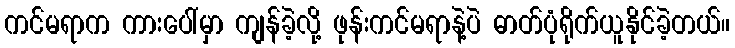
ကင်မရာက ကားပေါ်မှာ ကျန်ခဲ့လို့ ဖုန်းကင်မရာနဲ့ပဲ ဓာတ်ပုံရိုက်ယူနိုင်ခဲ့တယ်။